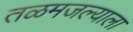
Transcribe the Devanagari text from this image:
तळमजल्याला